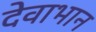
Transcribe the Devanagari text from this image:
देवाभान